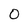
Character: o